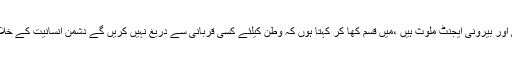
انہوں نے کہا کہ بلوچستان کے خلاف جو سازشیں ہورہی ہیں اس میں اندرونی اور بیرونی ایجنٹ ملوث ہیں ،میں قسم کھا کر کہتا ہوں کہ وطن کیلئے کسی قربانی سے دریغ نہیں کریں گے دشمن انسانیت کے خلاف جو کچھ کر ر ہا ہے اسکو مذموم مقاصد میں کامیاب نہیں ہونے دیں گے ۔